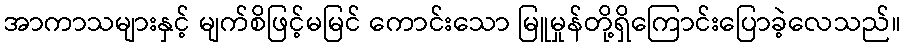
အာကာသများနှင့် မျက်စိဖြင့်မမြင် ကောင်းသော မြူမှုန်တို့ရှိကြောင်းပြောခဲ့လေသည်။